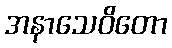
အနာသေဝိတော